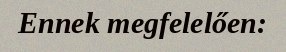
Ennek megfelelően: